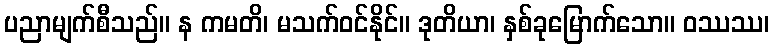
ပညာမျက်စီသည်။ န ကမတိ၊ မသက်ဝင်နိုင်။ ဒုတိယာ၊ နှစ်ခုမြောက်သော။ ဝဿဿ၊